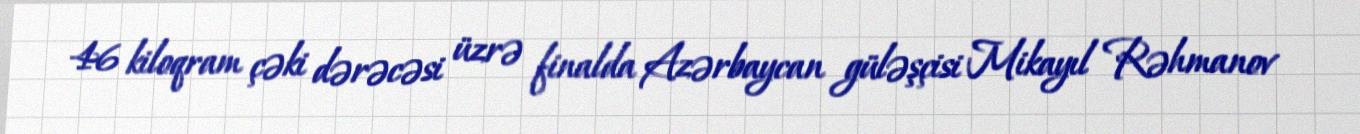
46 kiloqram çəki dərəcəsi üzrə finalda Azərbaycan güləşçisi Mikayıl Rəhmanov